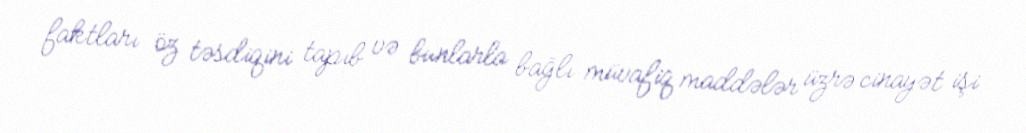
faktları öz təsdiqini tapıb və bunlarla bağlı müvafiq maddələr üzrə cinayət işi